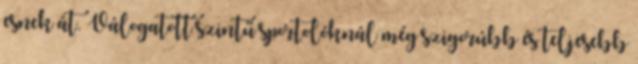
esnek át. Válogatott szintű sportolóknál még szigorúbb és teljesebb